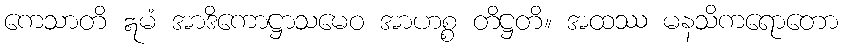
ကေသာတိ ဣမံ အာဒိကောဋ္ဌာသမေဝ အာဟစ္စ တိဋ္ဌတိ။ အထဿ မနသိကရောတော